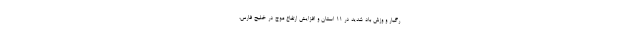
رگبار و وزش باد شدید در ۱۱ استان و افزایش ارتفاع موج در خلیج فارس،